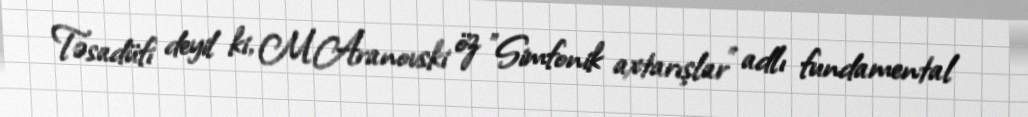
Təsadüfi deyil ki, M.Aranovski öz "Simfonik axtarışlar" adlı fundamental